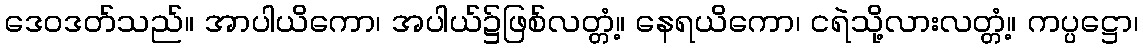
ဒေဝဒတ်သည်။ အာပါယိကော၊ အပါယ်၌ဖြစ်လတ္တံ့။ နေရယိကော၊ ငရဲသို့လားလတ္တံ့။ ကပ္ပဋ္ဌော၊